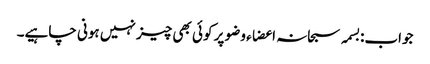
جواب:بسمہ سبحانہ اعضاء وضو پر کوئی بھی چیز نہیں ہونی چاہیے۔